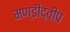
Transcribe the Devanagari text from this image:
मण्डीद्वीप